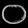
Digit: ၀